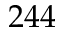
2 4 4